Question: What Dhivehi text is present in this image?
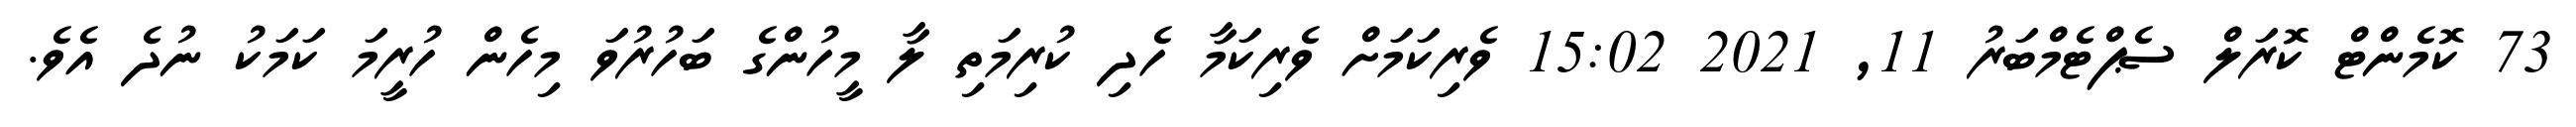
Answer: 73 ކޮމެންޓް ކޮރަލް ސެޕްޓެމްބަރު 11, 2021 15:02 ވެރިކަމަށް ވެރިކަމާ ހެދި ކުރިމަތި ލާ މީހުންގެ ބަހުރުވަ މިހެން ހުރީމަ ކަމަކު ނުދެ އެވެ.